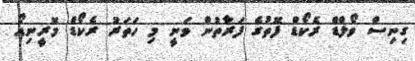
ގިނިސް ވޯލްޑް ރެކޯޑް ފޮތުގެ ފަރާތުން ވަނީ މި ހަތަރު ރެކޯޑް މޮރީނިއޯ